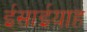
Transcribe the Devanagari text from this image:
ईसाईयाह